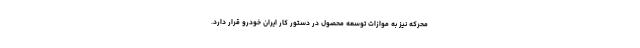
محرکه نیز به موازات توسعه محصول در دستور کار ایران خودرو قرار دارد.